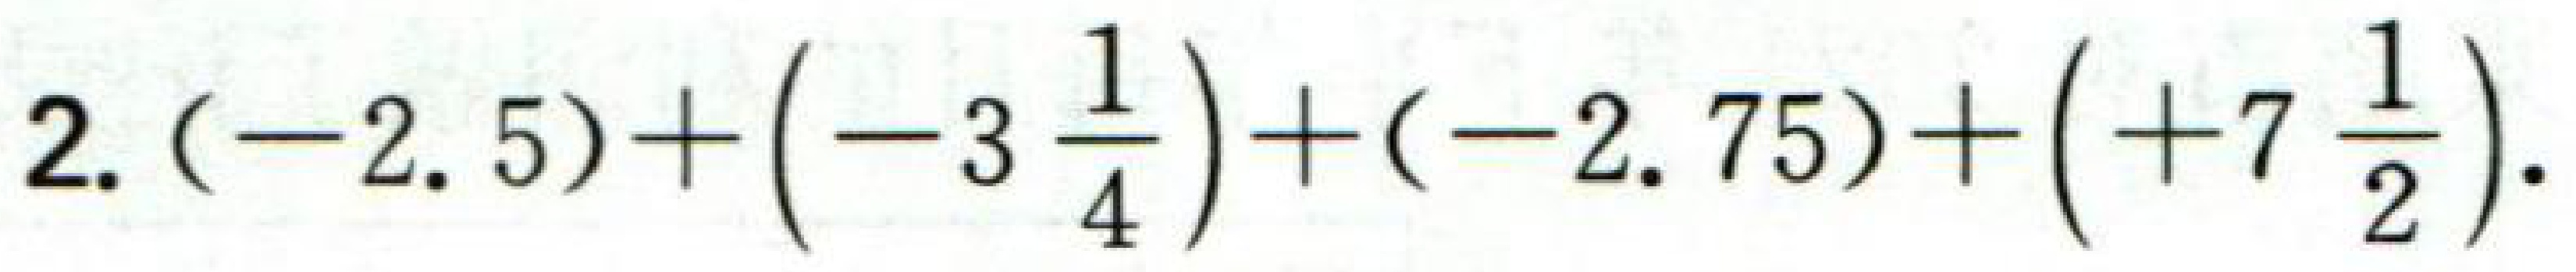
$2.(-2.5)+\left(-3\frac{1}{4}\right)+(-2.75)+\left(+7\frac{1}{2}\right).$